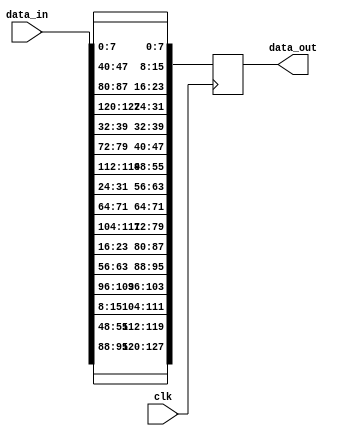
`timescale 1ns / 1ps

module shiftrows(clk,data_in,data_out
    );
	 input clk;
	 input [127:0]data_in;
	 output reg [127:0]data_out=128'b0;
	 
	 always@(posedge clk)
	 begin
	 data_out[127:120]<=data_in[95:88];
	 data_out[119:112]<=data_in[55:48];
	 data_out[111:104]<=data_in[15:8];
	 data_out[103:96]<= data_in[103:96];
	 
	 
	 data_out[95:88]<=data_in[63:56];
	 data_out[87:80]<=data_in[23:16];
	 data_out[79:72]<=data_in[111:104];
	 data_out[71:64]<=data_in[71:64];
	 
	 data_out[63:56]<=data_in[31:24];
	 data_out[55:48]<=data_in[119:112];
	 data_out[47:40]<=data_in[79:72];
	 data_out[39:32]<=data_in[39:32];
	 
	 data_out[31:24]<=data_in[127:120];
	 data_out[23:16]<=data_in[87:80];
	 data_out[15:8]<= data_in[47:40];
	 data_out[7:0]<=data_in[7:0];
	 end
endmodule